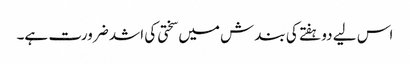
اس لیے دو ہفتے کی بندش میں سختی کی اشد ضرورت ہے۔